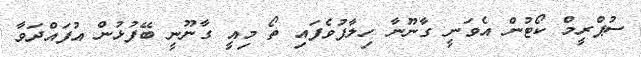
ސުޕްރީމް ކޯޓުން އެވަނީ ގާނޫނާ ހިލާފުވެފައި ތޯ މިއީ ގާނޫނީ ބޭފުޅުން އުފައްދަވާ